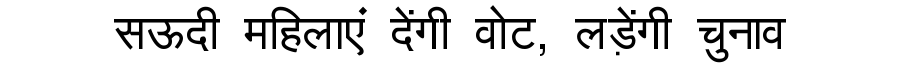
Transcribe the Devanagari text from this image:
सऊदी महिलाएं देंगी वोट, लड़ेंगी चुनाव